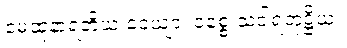
မေထုနာရတိယံ ဝေယျာ၊ ဝစ္စေ သဒါရတုဋ္ဌိယံ။